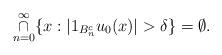
LaTeX: \begin{align*}\underset{n = 0}{\overset{\infty }{\cap}}\{x: |1_{B^c_n}u_0(x)| > \delta\} = \emptyset.\end{align*}